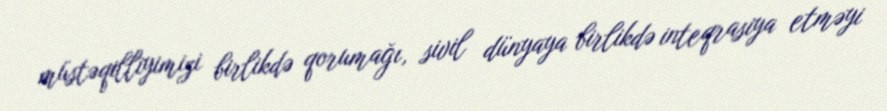
müstəqilliyimizi birlikdə qorumağı, sivil dünyaya birlikdə inteqrasiya etməyi